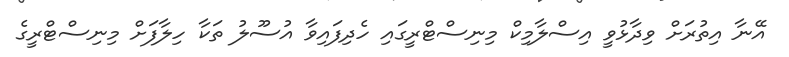
އޭނާ އިތުރަށް ވިދާޅުވީ އިސްލާމިކް މިނިސްޓްރީގައި ހެދިފައިވާ އުސޫލު ތަކާ ހިލާފަށް މިނިސްޓްރީގެ